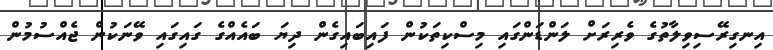
އިނގިރޭސިވިލާތުގެ ވެރިރަށް ލަންޑަންގައި މިސްކިތަކުން ފައިބައިގެން ދިޔަ ބައެއްގެ ގައިގައި ވޭނަކުން ޖެއްސުމުން